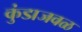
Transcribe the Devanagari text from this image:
कुंडाजवळ